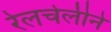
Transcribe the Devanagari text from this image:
रेलचेलीने